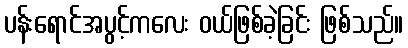
ပန်းရောင်အပွင့်ကလေး ဝယ်ဖြစ်ခဲ့ခြင်း ဖြစ်သည်။